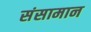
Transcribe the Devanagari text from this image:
संसामान